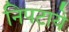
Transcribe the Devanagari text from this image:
निपटाये